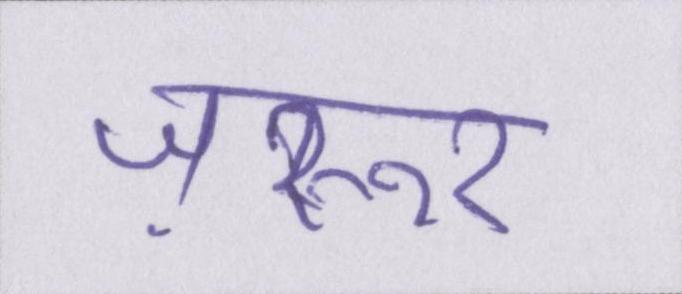
ज़रूर